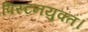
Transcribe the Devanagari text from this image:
पिस्टनयुक्त।